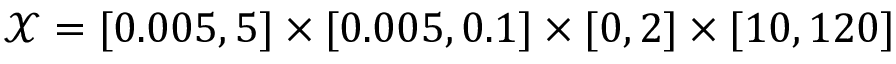
\mathcal { X } = [ 0 . 0 0 5 , 5 ] \times [ 0 . 0 0 5 , 0 . 1 ] \times [ 0 , 2 ] \times [ 1 0 , 1 2 0 ]